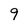
Character: 9